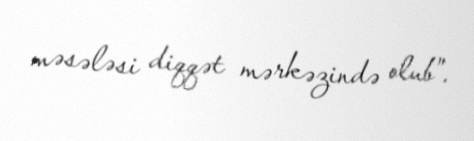
məsələsi diqqət mərkəzində olub”.